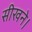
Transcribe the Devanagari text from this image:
सीखने।